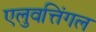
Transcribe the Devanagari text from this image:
एलुवत्तिंगल